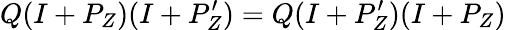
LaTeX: Q(I+P_{Z})(I+P_{Z}^{\prime})=Q(I+P_{Z}^{\prime})(I+P_{Z})